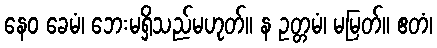
နေဝ ခေမံ၊ ဘေးမရှိသည်မဟုတ်။ န ဥတ္တမံ၊ မမြတ်။ ဧတံ၊